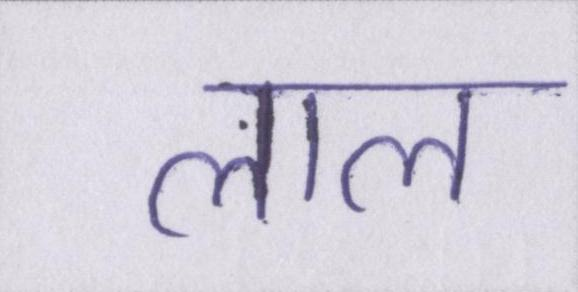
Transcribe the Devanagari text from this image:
लाल